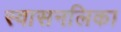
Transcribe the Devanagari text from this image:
स्वासनलिका